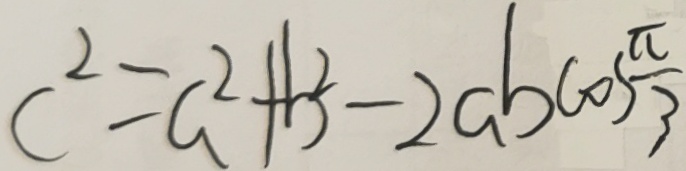
c ^ { 2 } = a ^ { 2 } + b ^ { 2 } - 2 a b \cos \frac { \pi } { 3 }